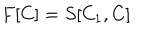
F [ C ] = S [ C _ { 1 } , C ]